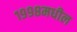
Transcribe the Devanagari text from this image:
१९९८मधील